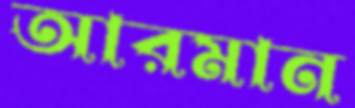
আরমান